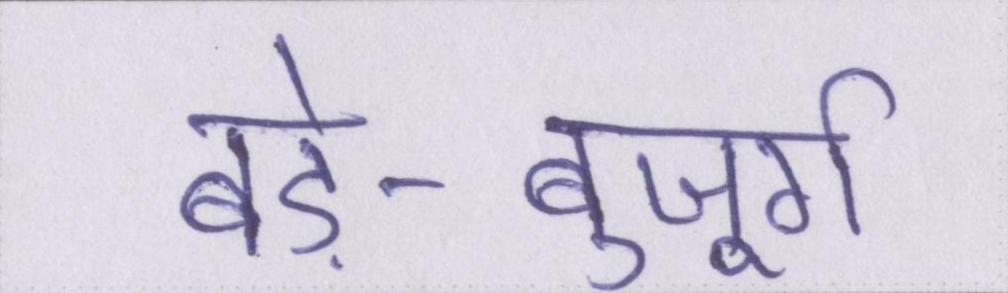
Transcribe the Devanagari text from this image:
बड़े-बुजूर्ग